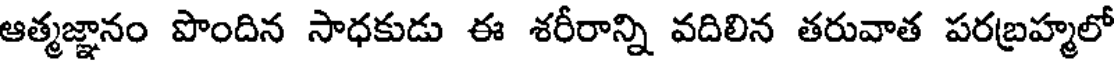
ఆత్మజ్ఞానం పొందిన సాధకుడు ఈ శరీరాన్ని వదిలిన తరువాత పరబ్రహ్మలో